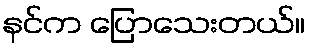
နင်က ပြောသေးတယ်။